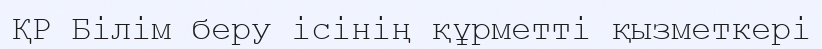
ҚР Білім беру ісінің құрметті қызметкері